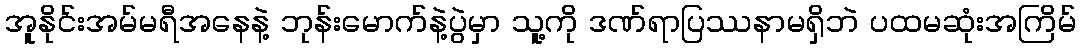
အူနိုင်းအမ်မရီအနေနဲ့ ဘုန်းမောက်နဲ့ပွဲမှာ သူ့ကို ဒဏ်ရာပြဿနာမရှိဘဲ ပထမဆုံးအကြိမ်